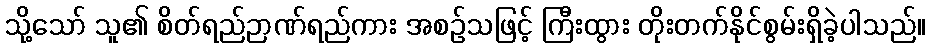
သို့သော် သူ၏ စိတ်ရည်ဉာဏ်ရည်ကား အစဉ်သဖြင့် ကြီးထွား တိုးတက်နိုင်စွမ်းရှိခဲ့ပါသည်။